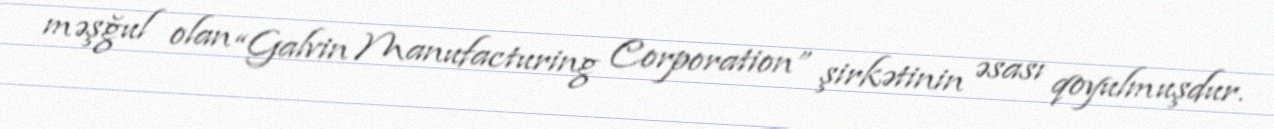
məşğul olan “Galvin Manufacturing Corporation” şirkətinin əsası qoyulmuşdur.